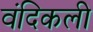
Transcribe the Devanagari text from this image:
वंदिकली